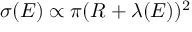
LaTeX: \sigma ( E ) \propto \pi ( R + \lambda ( E ) ) ^ { 2 }